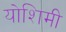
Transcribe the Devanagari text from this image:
योशिमी